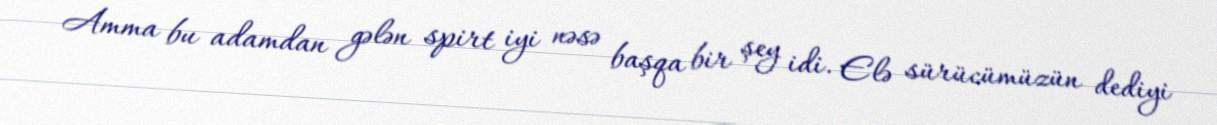
Amma bu adamdan gələn spirt iyi nəsə başqa bir şey idi. Elə sürücümüzün dediyi